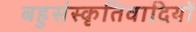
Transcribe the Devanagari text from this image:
बहुसंस्कृतिवादियों